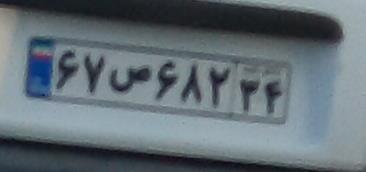
۶۷ص۶۸۲۳۴